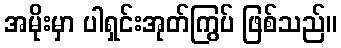
အမိုးမှာ ပါရှင်းအုတ်ကြွပ် ဖြစ်သည်။